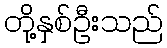
တို့နှစ်ဦးသည်